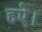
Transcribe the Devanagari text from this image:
हऐ।